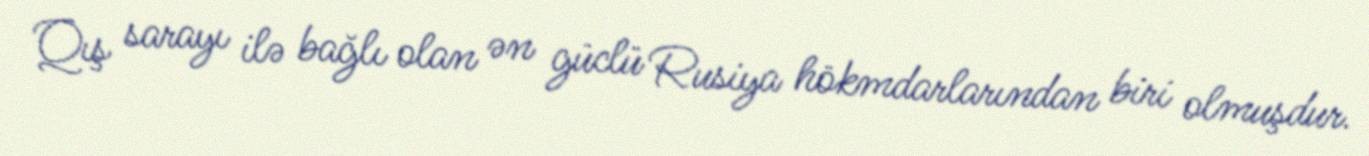
Qış sarayı ilə bağlı olan ən güclü Rusiya hökmdarlarından biri olmuşdur.